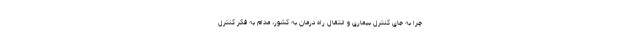
چرا به جای کنترل بیماری و انتقال راه درمان به کشور، مدام به فکر کنترل